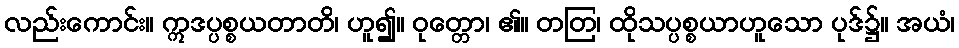
လည်းကောင်း။ ဣဒပ္ပစ္စယတာတိ၊ ဟူ၍။ ဝုတ္တော၊ ၏။ တတြ၊ ထိုသပ္ပစ္စယာဟူသော ပုဒ်၌။ အယံ၊